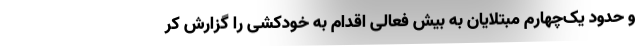
و حدود یک‌چهارم مبتلایان به بیش فعالی اقدام به خودکشی را گزارش کر